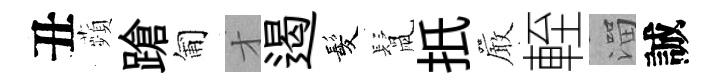
丑蘋蹌匍才遏髪鬛扺巖輊溜誠